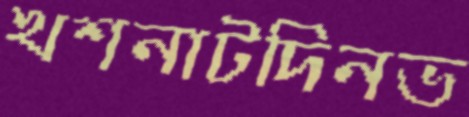
খশনাটদিনভ